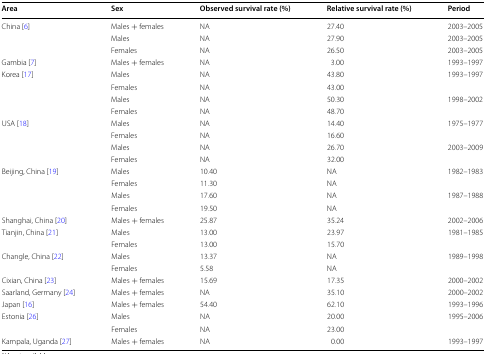
<table><thead><tr><td><b>Area</b></td><td><b>Sex</b></td><td><b>Observed survival rate (%)</b></td><td><b>Relative survival rate (%)</b></td><td><b>Period</b></td></tr></thead><tbody><tr><td rowspan="3">China [6]</td><td>Males + females</td><td>NA</td><td>27.40</td><td>2003–2005</td></tr><tr><td>Males</td><td>NA</td><td>27.90</td><td>2003–2005</td></tr><tr><td>Females</td><td>NA</td><td>26.50</td><td>2003–2005</td></tr><tr><td>Gambia [7]</td><td>Males + females</td><td>NA</td><td>3.00</td><td>1993–1997</td></tr><tr><td rowspan="4">Korea [17]</td><td>Males</td><td>NA</td><td>43.80</td><td rowspan="2">1993–1997</td></tr><tr><td>Females</td><td>NA</td><td>43.00</td></tr><tr><td>Males</td><td>NA</td><td>50.30</td><td rowspan="2">1998–2002</td></tr><tr><td>Females</td><td>NA</td><td>48.70</td></tr><tr><td rowspan="4">USA [18]</td><td>Males</td><td>NA</td><td>14.40</td><td rowspan="2">1975–1977</td></tr><tr><td>Females</td><td>NA</td><td>16.60</td></tr><tr><td>Males</td><td>NA</td><td>26.70</td><td rowspan="2">2003–2009</td></tr><tr><td>Females</td><td>NA</td><td>32.00</td></tr><tr><td rowspan="4">Beijing, China [19]</td><td>Males</td><td>10.40</td><td>NA</td><td rowspan="2">1982–1983</td></tr><tr><td>Females</td><td>11.30</td><td>NA</td></tr><tr><td>Males</td><td>17.60</td><td>NA</td><td rowspan="2">1987–1988</td></tr><tr><td>Females</td><td>19.50</td><td>NA</td></tr><tr><td>Shanghai, China [20]</td><td>Males + females</td><td>25.87</td><td>35.24</td><td>2002–2006</td></tr><tr><td rowspan="2">Tianjin, China [21]</td><td>Males</td><td>13.00</td><td>23.97</td><td rowspan="2">1981–1985</td></tr><tr><td>Females</td><td>13.00</td><td>15.70</td></tr><tr><td rowspan="2">Changle, China [22]</td><td>Males</td><td>13.37</td><td>NA</td><td rowspan="2">1989–1998</td></tr><tr><td>Females</td><td>5.58</td><td>NA</td></tr><tr><td>Cixian, China [23]</td><td>Males + females</td><td>15.69</td><td>17.35</td><td>2000–2002</td></tr><tr><td>Saarland, Germany [24]</td><td>Males + females</td><td>NA</td><td>35.10</td><td>2000–2002</td></tr><tr><td>Japan [16]</td><td>Males + females</td><td>54.40</td><td>62.10</td><td>1993–1996</td></tr><tr><td rowspan="2">Estonia [26]</td><td>Males</td><td>NA</td><td>20.00</td><td rowspan="2">1995–2006</td></tr><tr><td>Females</td><td>NA</td><td>23.00</td></tr><tr><td>Kampala, Uganda [27]</td><td>Males + females</td><td>NA</td><td>0.00</td><td>1993–1997</td></tr></tbody></table>